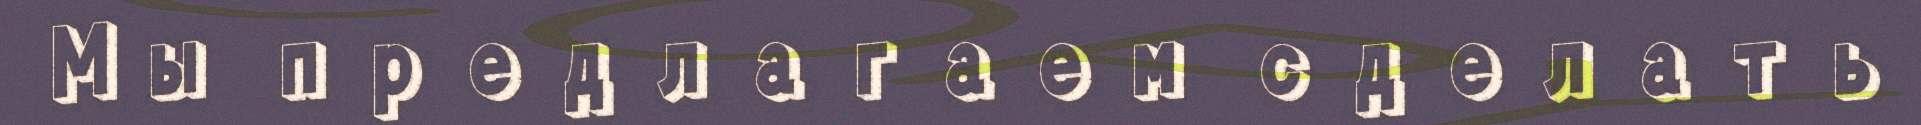
Мы предлагаем сделать